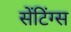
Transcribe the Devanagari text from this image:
सेंटिंग्स